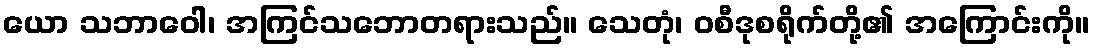
ယော သဘာဝေါ၊ အကြင်သဘောတရားသည်။ သေတုံ၊ ဝစီဒုစရိုက်တို့၏ အကြောင်းကို။